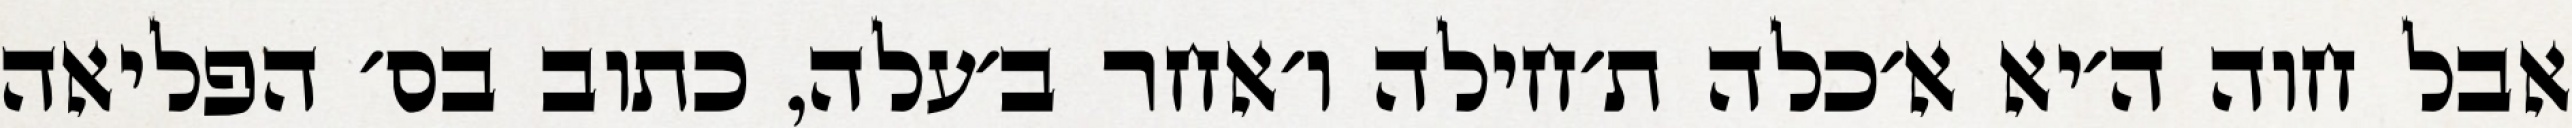
אבל חוה ה׳יא א׳כלה ת׳חילה ו׳אחר ב׳עלה, כתוב בס׳ הפליאה